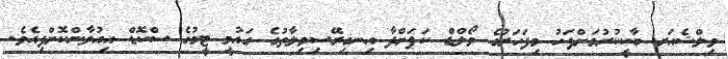
ވިލްޝެއަރ ބާކީކުރުމަށްފަހު މިފަހަރުގެ ވޯލްޑް ކަޕަށްދާ އިނގިރޭސިވިލާތުގެ ގައުމީ ޓީމުގެ ސްކޮޑް އިއުލާންކޮށްފިއެވެ.